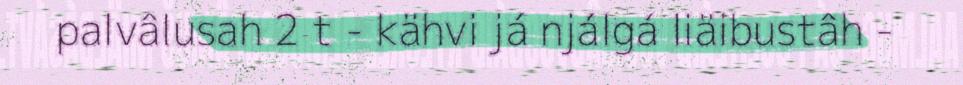
palvâlusah 2 t - kähvi já njálgá liäibustâh -